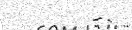
-